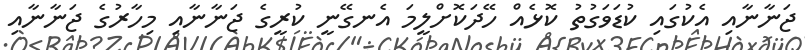
ޖަނާނާއި އެކުގައި ކުޑަވަގުތު ކޮޅެއް ހޭދަކޮށްލީމަ އެނގޭނީ ކުރީގެ ޖަނާނާއި މިހާރުގެ ޖަނާނާއި